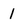
Character: 1